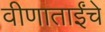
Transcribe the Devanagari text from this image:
वीणाताईंचे